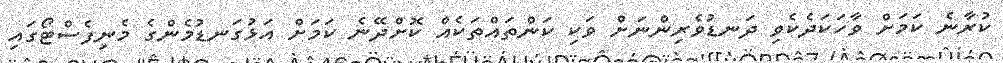
ކުރާނެ ކަމަށް ވާހަކަދެކެވި ދަނޑުވެރިންނަށް ވަކި ކަންތައްތަކެއް ކޮށްދޭނެ ކަމަށް އަޅުގަނޑުމެންގެ މެނިފެސްޓޯގައި